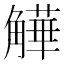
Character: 𧤻